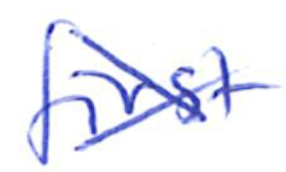
Text: first
Cross-out: mix
Writing tool: ballpoint